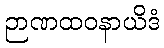
ဉာဏထဝနာယိဒံ